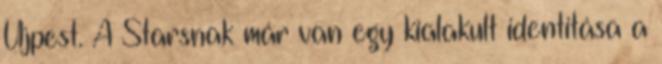
Újpest. A Starsnak már van egy kialakult identitása a